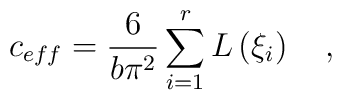
c_{eff}=\frac{6}{b\pi ^{2}}\sum\limits_{i=1}^{r}L\left( \xi _{i}\right)\quad ,